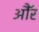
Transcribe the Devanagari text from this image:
औॅर